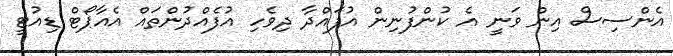
އެންސިސް އިން ވަނީ އެ ކުންފުނިން އުފައްދާ ދިވެހި އުފެއްދުންތައް އެއާޕޯޓް ޑިއުޓީ